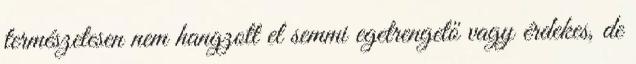
természetesen nem hangzott el semmi egetrengető vagy érdekes, de